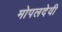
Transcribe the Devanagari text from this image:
मोपलदेवी